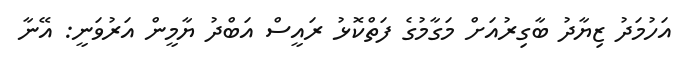
އަހުމަދު ޒިޔާދު ބާގިރުއަށް މަގާމުގެ ފަތްކޮޅު ރައީސް އަބްދު ޔާމީން އަރުވަނީ: އޭނާ